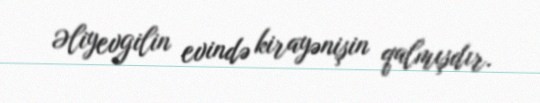
Əliyevgilin evində kirayənişin qalmışdır.